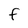
Character: f